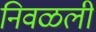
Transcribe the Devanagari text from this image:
निवळली